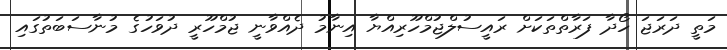
މަތީ ދަރަޖަ ހޯދާ ފަރާތްތަކަށް ރައީސުލްޖުމްހޫރިއްޔާ އިނާމު ދެއްވާނީ ޖުމްހޫރީ ދުވަހުގެ މުނާސަބަތުގައި